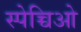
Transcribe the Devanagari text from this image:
स्पेच्चिओ